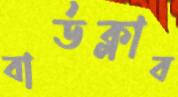
বার্ডক্লাব